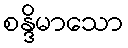
စန္ဒိမာသော